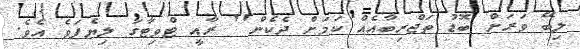
ލިބޭ ވަރަށް ބޮޑު ތަޖްރިބާއެއް ކަމަށް ދެކެން'' ރާއީ ޓްވިޓާގަ ލިޔެފަވެ އެވެ.